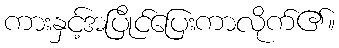
ကားနှင့်အပြိုင်ပြေးကာလိုက်၏။